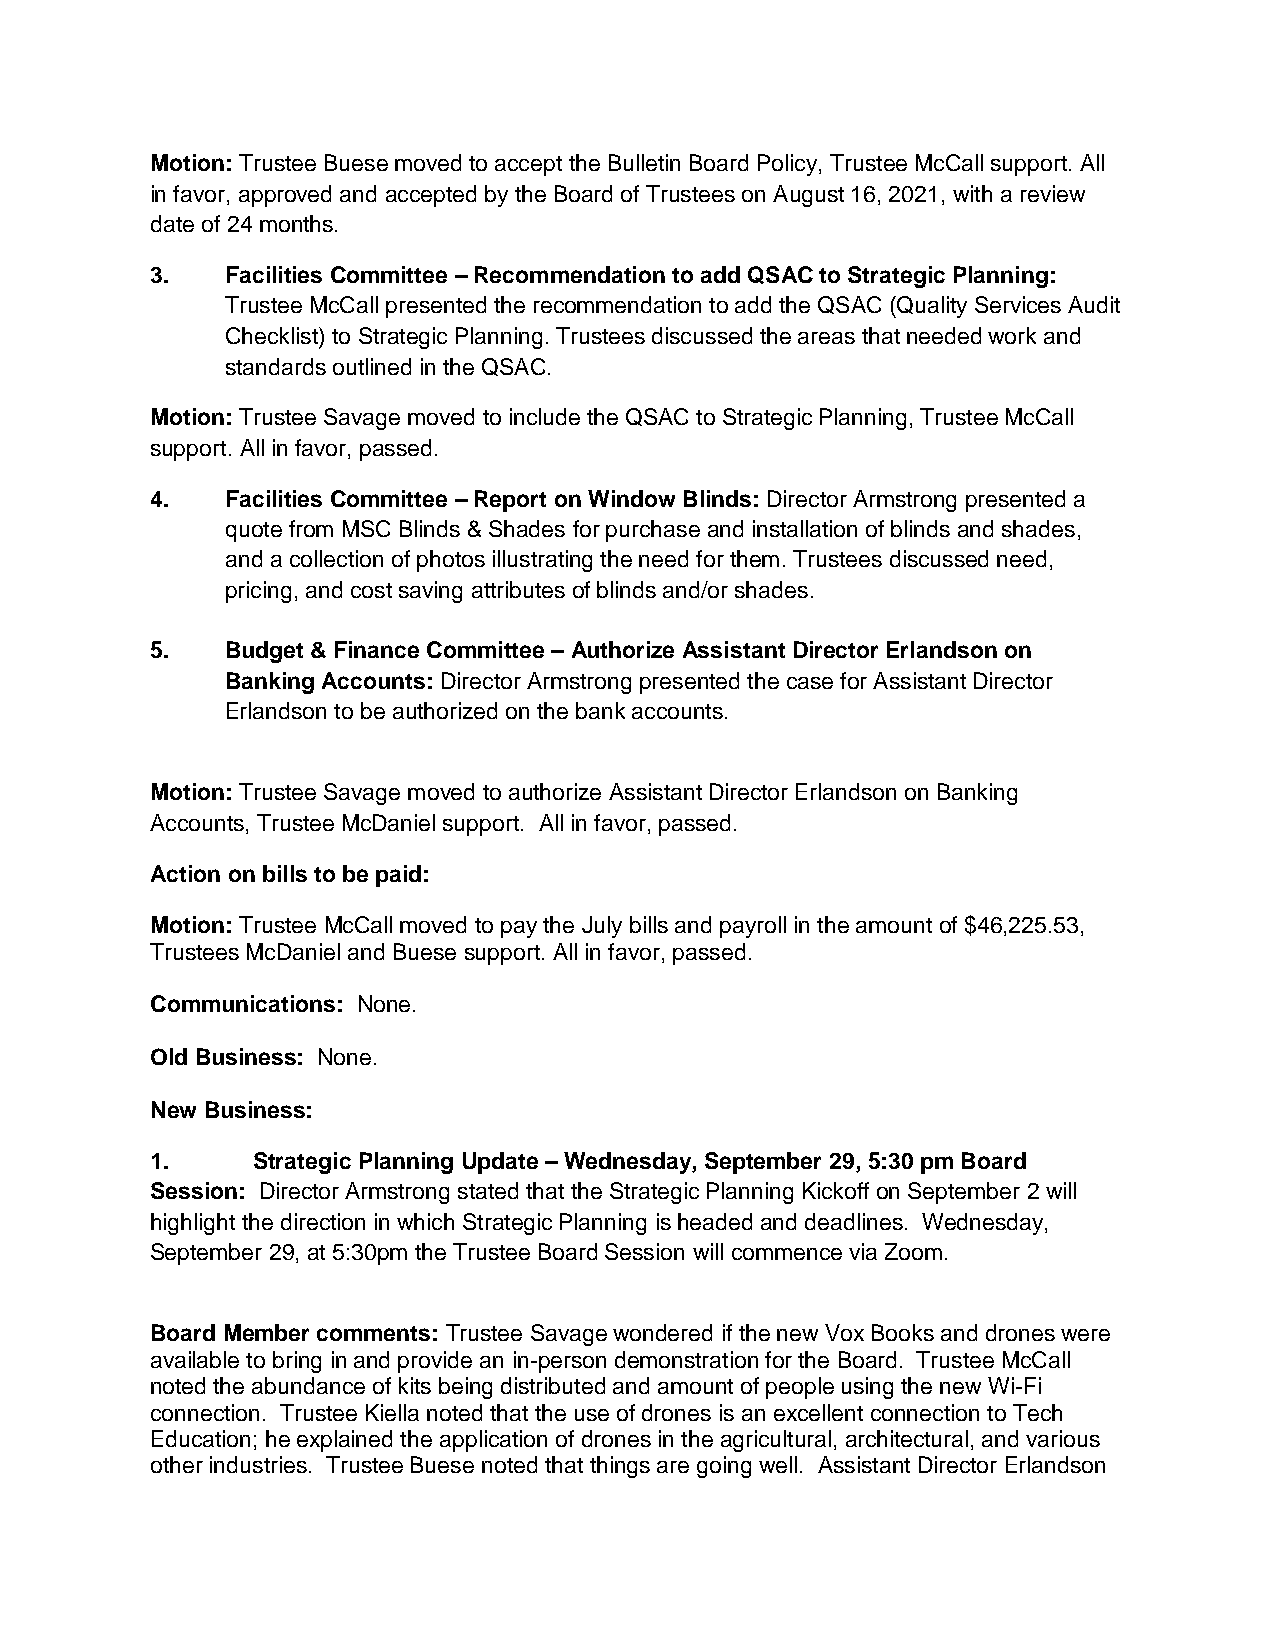
Motion: Trustee Buese moved to accept the Bulletin Board Policy, Trustee McCall support. All
 in favor, approved and accepted by the Board of Trustees on August 16, 2021, with a review
 date of 24 months.
 3.   Facilities Committee – Recommendation to add QSAC to Strategic Planning:
 Trustee McCall presented the recommendation to add the QSAC (Quality Services Audit
 Checklist) to Strategic Planning. Trustees discussed the areas that needed work and
 standards outlined in the QSAC.
 Motion: Trustee Savage moved to include the QSAC to Strategic Planning, Trustee McCall
 support. All in favor, passed.
 4.   Facilities Committee – Report on Window Blinds: Director Armstrong presented a
 quote from MSC Blinds & Shades for purchase and installation of blinds and shades,
 and a collection of photos illustrating the need for them. Trustees discussed need,
 pricing, and cost saving attributes of blinds and/or shades.
 5.   Budget & Finance Committee – Authorize Assistant Director Erlandson on
 Banking Accounts: Director Armstrong presented the case for Assistant Director
 Erlandson to be authorized on the bank accounts.
 Motion: Trustee Savage moved to authorize Assistant Director Erlandson on Banking
 Accounts, Trustee McDaniel support. All in favor, passed.
 Action on bills to be paid:
 Motion: Trustee McCall moved to pay the July bills and payroll in the amount of $46,225.53,
 Trustees McDaniel and Buese support. All in favor, passed.
 Communications: None.
 Old Business: None.
 New Business:
 1.     Strategic Planning Update – Wednesday, September 29, 5:30 pm Board
 Session: Director Armstrong stated that the Strategic Planning Kickoff on September 2 will
 highlight the direction in which Strategic Planning is headed and deadlines. Wednesday,
 September 29, at 5:30pm the Trustee Board Session will commence via Zoom.
 Board Member comments: Trustee Savage wondered if the new Vox Books and drones were
 available to bring in and provide an in-person demonstration for the Board. Trustee McCall
 noted the abundance of kits being distributed and amount of people using the new Wi-Fi
 connection. Trustee Kiella noted that the use of drones is an excellent connection to Tech
 Education; he explained the application of drones in the agricultural, architectural, and various
 other industries. Trustee Buese noted that things are going well. Assistant Director Erlandson